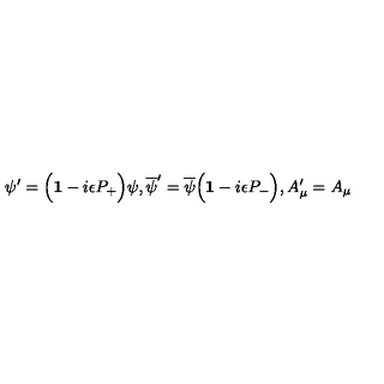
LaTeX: \psi ^ { \prime } = \Big ( { \bf 1 } - i \epsilon P _ { + } \Big ) \psi , { \overline { \psi } } ^ { \prime } = { \overline { \psi } } \Big ( { \bf 1 } - i \epsilon P _ { - } \Big ) , A _ { \mu } ^ { \prime } = A _ { \mu }